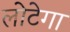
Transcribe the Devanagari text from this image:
लोटेगा